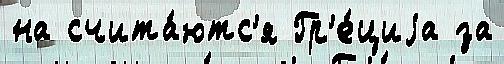
на счита́ютс'я Гр'е́циjа за